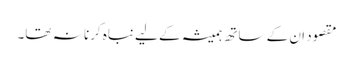
مقصود ان کے ساتھ ہمیشہ کے لیے نباہ کرنا نہ تھا۔